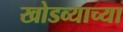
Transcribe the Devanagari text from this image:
खोडव्याच्या